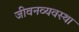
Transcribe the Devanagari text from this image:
जीवनव्यवस्था